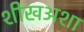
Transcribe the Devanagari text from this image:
शीखअशा